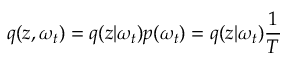
q ( \boldsymbol { z } , \omega _ { t } ) = q ( \boldsymbol { z } | \omega _ { t } ) p ( \omega _ { t } ) = q ( \boldsymbol { z } | \omega _ { t } ) \frac { 1 } { T }